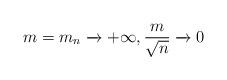
LaTeX: \begin{align*} m = m_n \xrightarrow[]{} + \infty , \frac{m}{\sqrt n} \xrightarrow[]{} 0 \end{align*}